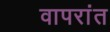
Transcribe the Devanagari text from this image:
वापरांत